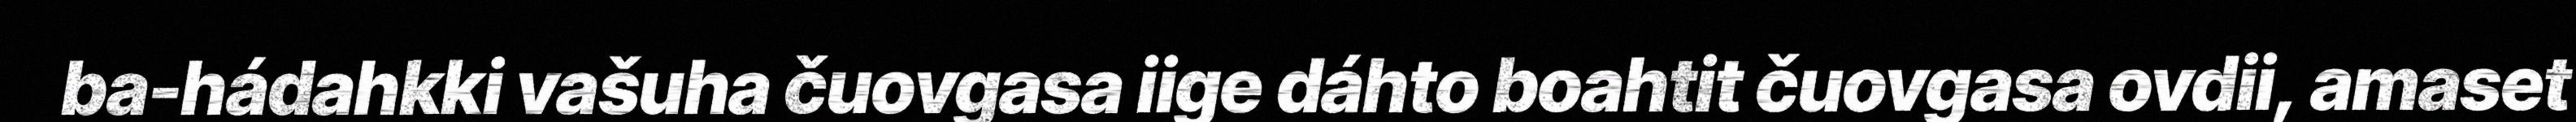
ba-hádahkki vašuha čuovgasa iige dáhto boahtit čuovgasa ovdii, amaset